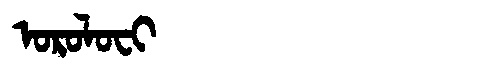
Manchu: ᠣᡵᠣᠯᠣᠸᡳ
Romanization: OROLOFI